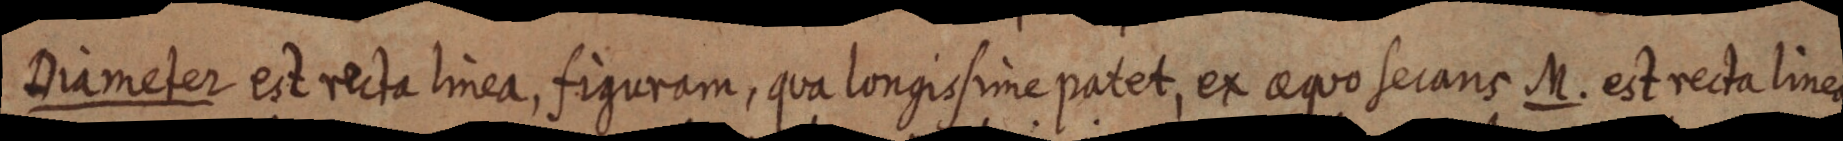
Diameter est recta linea, figuram, qua longissime patet, ex aequo secans M. est recta linea